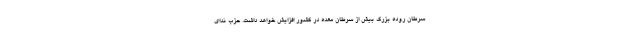
سرطان روده بزرگ بیش از سرطان معده در کشور افزایش خواهد داشت. حزب ندای